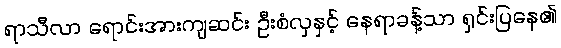
ရာသီလာ ရောင်းအားကျဆင်း ဦးစံလှနှင့် နေရာခန့်သာ ရှင်းပြနေ၏